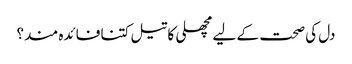
دل کی صحت کے لیے مچھلی کا تیل کتنا فائدہ مند؟